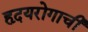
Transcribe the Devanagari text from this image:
हृदयरोगाची